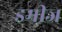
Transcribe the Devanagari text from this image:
डमीज